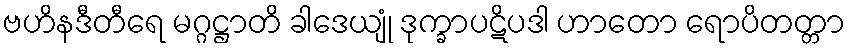
ဗဟိနဒီတီရေ မဂ္ဂဋ္ဌာတိ ခါဒေယျုံ ဒုက္ခာပဋိပဒါ ဟာတော ရောပိတတ္တာ